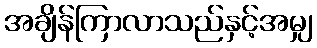
အချိန်ကြာလာသည်နှင့်အမျှ